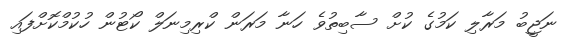
ނަޖީބު މަރާލި ކަމުގެ ކުށް ސާބިތުވެ ހަނާ މަރަން ކްރިމިނަލް ކޯޓުން ހުކުމްކޮށްފައި